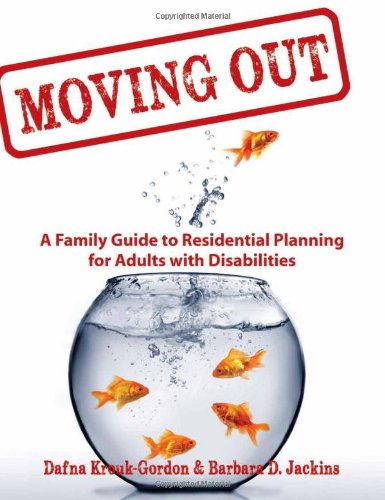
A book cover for Moving Out: A Family Guide to Residential Planning for Adults with Disabilities; Dafna Krouk-Gordon; Parenting & Relationships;